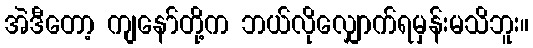
အဲဒီတော့ ကျနော်တို့က ဘယ်လိုလျှောက်ရမှန်းမသိဘူး။